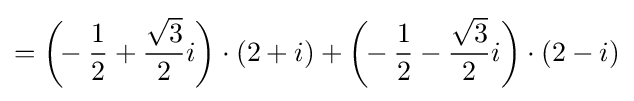
={\biggl (}\!\!-{\frac {1}{2}}+{\frac {\sqrt {3}}{2}}i{\biggr )}\cdot (2+i)+{\biggl (}\!\!-{\frac {1}{2}}-{\frac {\sqrt {3}}{2}}i{\biggr )}\cdot (2-i)